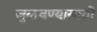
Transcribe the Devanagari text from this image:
जुळवण्यासाठी